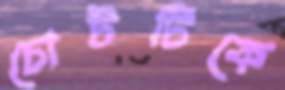
চোটটিকে